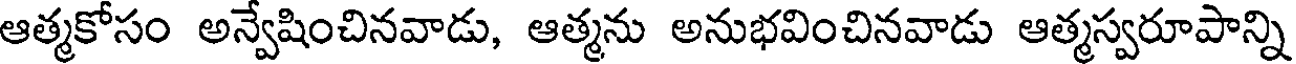
ఆత్మకోసం అన్వేషించినవాడు, ఆత్మను అనుభవించినవాడు ఆత్మస్వరూపాన్ని